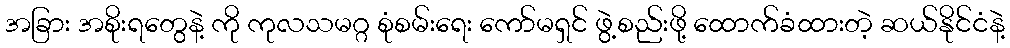
အခြား အစိုးရတွေနဲ့ ကို ကုလသမဂ္ဂ စုံစမ်းရေး ကော်မရှင် ဖွဲ့စည်းဖို့ ထောက်ခံထားတဲ့ ဆယ်နိုင်ငံနဲ့